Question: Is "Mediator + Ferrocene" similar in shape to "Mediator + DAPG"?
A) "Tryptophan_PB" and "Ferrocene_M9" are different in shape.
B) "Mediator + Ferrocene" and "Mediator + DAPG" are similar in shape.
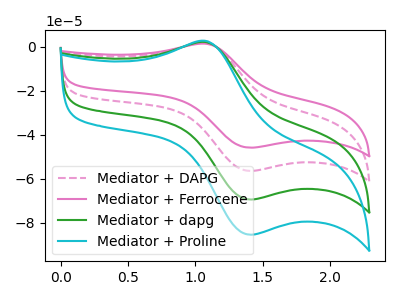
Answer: <think>The pink dashed curve "Mediator + DAPG" has an anodic peak at (1.10V, 1.75uA) and a cathodic peak at (1.40V, -56.40uA). The pink curve "Mediator + Ferrocene" has an anodic peak at (1.10V, 1.45uA) and a cathodic peak at (1.40V, -45.85uA). The green curve "Mediator + dapg" has an anodic peak at (1.10V, 3.50uA) and a cathodic peak at (1.40V, -112.80uA). The cyan curve "Mediator + Proline" has an anodic peak at (1.10V, 5.25uA) and a cathodic peak at (1.40V, -169.25uA).
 All the peaks in "Mediator + Ferrocene" have a peak in "Mediator + DAPG" at the same potential. Every peak in "Mediator + Ferrocene" is lower than every peak in "Mediator + DAPG".</think>
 <answer>B) "Mediator + Ferrocene" and "Mediator + DAPG" are similar in shape.</answer>
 <eval>B</eval>